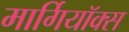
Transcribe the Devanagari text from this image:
मार्गियॉक्स